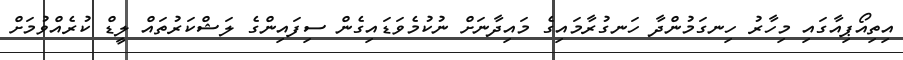
އިތިއޯޕިއާގައި މިހާރު ހިނގަމުންދާ ހަނގުރާމައިގެ މައިދާނަށް ނުކުމެވަޑައިގެން ސިފައިންގެ ލަޝްކަރުތައް ލީޑް ކުރެއްވުމަށް